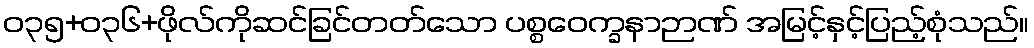
ဝ၃၅+၀၃၆+ဖိုလ်ကိုဆင်ခြင်တတ်သော ပစ္စဝေက္ခနာဉာဏ် အမြင့်နှင့်ပြည့်စုံသည်။